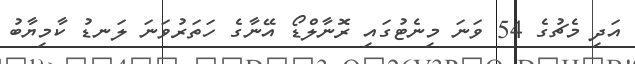
އަދި މެޗުގެ 54 ވަނަ މިނެޓުގައި ރޮނާލްޑޯ އޭނާގެ ހަތަރުވަނަ ލަނޑު ކާމިޔާބު